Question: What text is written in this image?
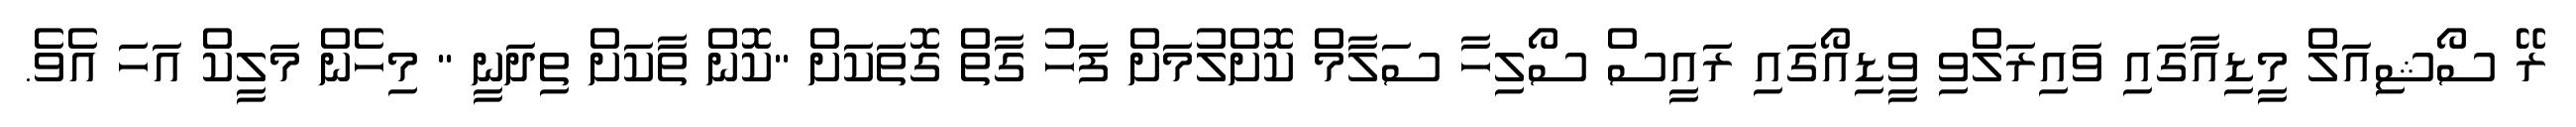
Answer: ރޭ ސޯޝިއަލް މީޑިއާގައި ވައިރަލްވި ވީޑިއޯގައި ރައީސް ސޯލިހާ ސަލާމް ކޮށްލުމަށް ފަހު ގާތް ގޮތަކަށް "ކޮން ތާކަށް ތިދަނީ " މިހެން މަލީކް އަހަ އެވެ.